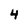
Character: 4